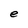
Character: e